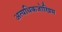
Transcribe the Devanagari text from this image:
अत्यधिकजोखिम